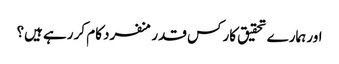
اور ہمارے تحقیق کار کس قدر منفرد کام کر رہے ہیں؟